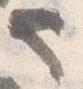
也